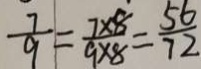
\frac { 7 } { 9 } = \frac { 7 \times 8 } { 9 \times 8 } = \frac { 5 6 } { 7 2 }